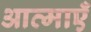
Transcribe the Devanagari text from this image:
आत्‍माएँ